Annual report of the Punjab Veterinary College and of the Civil Veterinary Department, Punjab - 1894-1908
Year: 1894
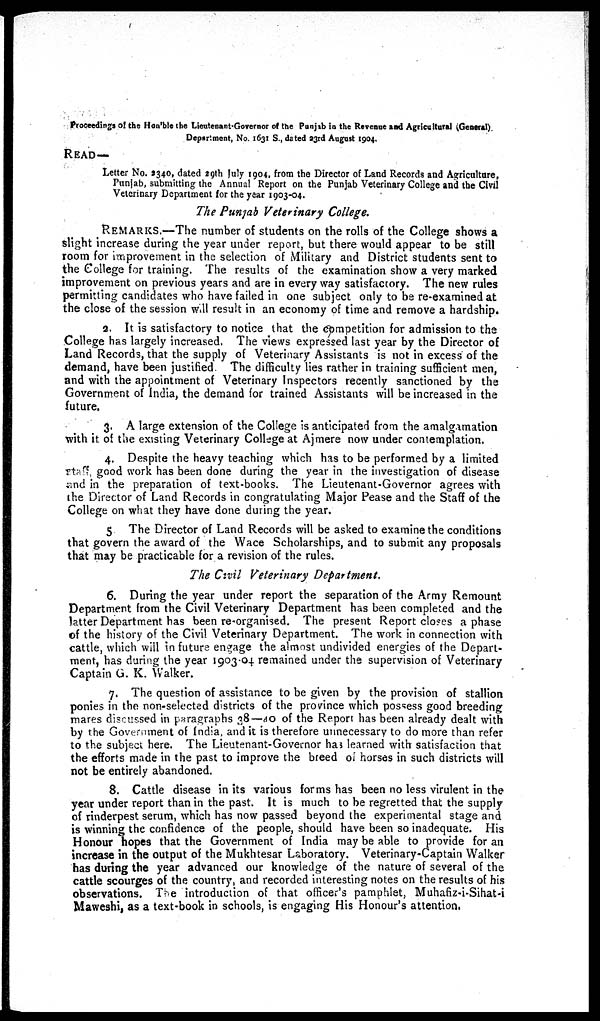
Proceedings of the Hon'ble the Lieutenant-Governor of the Punjab in the Revenue and Agricultural (General)
Department, No. 1631 S., dated 23rd August 1904.
READ—
Letter No. 2340, dated 29th July 1904, from the Director of Land Records and Agriculture,
Punjab, submitting the Annual Report on the Punjab Veterinary College and the Civil
Veterinary Department for the year 1903-04.
The Punjab Veterinary College.
REMARKS.—The number of students on the rolls of the College shows a
slight increase during the year under report, but there would appear to be still
room for improvement in the selection of Military and District students sent to
the College for training. The results of the examination show a very marked
improvement on previous years and are in every way satisfactory. The new rules
permitting candidates who have failed in one subject only to be re-examined at
the close of the session will result in an economy of time and remove a hardship.
2. It is satisfactory to notice that the competition for admission to the
College has largely increased. The views expressed last year by the Director of
Land Records, that the supply of Veterinary Assistants is not in excess of the
demand, have been justified. The difficulty lies rather in training sufficient men,
and with the appointment of Veterinary Inspectors recently sanctioned by the
Government of India, the demand for trained Assistants will be increased in the
future.
3. A large extension of the College is anticipated from the amalgamation
with it of the existing Veterinary College at Ajmere now under contemplation.
4, Despite the heavy teaching which has to be performed by a limited
staff, good work has been done during the year in the investigation of disease
and in the preparation of text-books. The Lieutenant-Governor agrees with
the Director of Land Records in congratulating Major Pease and the Staff of the
College on what they have done during the year,
5 The Director of Land Records will be asked to examine the conditions
that govern the award of the Wace Scholarships, and to submit any proposals
that may be practicable for a revision of the rules.
The Civil Veterinary Department.
6. During the year under report the separation of the Army Remount
Department from the Civil Veterinary Department has been completed and the
latter Department has been re-organised. The present Report closes a phase
of the history of the Civil Veterinary Department. The work in connection with
cattle, which will in future engage the almost undivided energies of the Depart-
ment, has during the year 1903-04 remained under the supervision of Veterinary
Captain G. K. Walker.
7. The question of assistance to be given by the provision of stallion
ponies in the non-selected districts of the province which possess good breeding
mares discussed in paragraphs 38—40 of the Report has been already dealt with
by the Government of India, and it is therefore unnecessary to do more than refer
to the subject here. The Lieutenant-Governor has learned with satisfaction that
the efforts made in the past to improve the breed of horses in such districts will
not be entirely abandoned.
8. Cattle disease in its various forms has been no less virulent in the
year under report than in the past. It is much to be regretted that the supply
of rinderpest serum, which has now passed beyond the experimental stage and
is winning the confidence of the people, should have been so inadequate. His
Honour hopes that the Government of India may be able to provide for an
increase in the output of the Mukhtesar Laboratory. Veterinary-Captain Walker
has during the year advanced our knowledge of the nature of several of the
cattle scourges of the country, and recorded interesting notes on the results of his
observations. The introduction of that officer's pamphlet, Muhafiz-i-Sihat-i
Maweshi, as a text-book in schools, is engaging His Honour's attention.